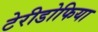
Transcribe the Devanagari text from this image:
टेरीडोफिया